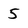
Character: 5